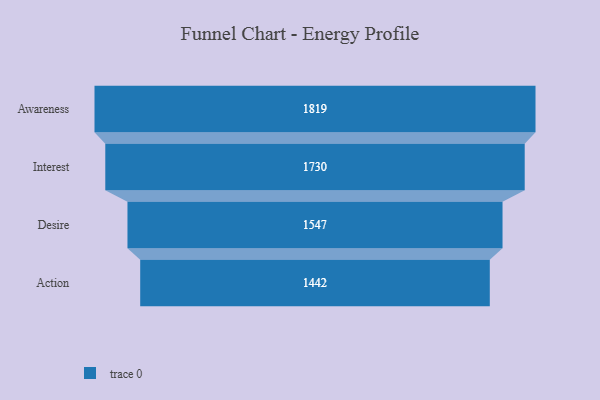
{"axis": {"x": "Stage", "y": "Value"}, "legend": [""], "data": [{"x": "Awareness", "y": 1819.0, "type": ""}, {"x": "Interest", "y": 1730.0, "type": ""}, {"x": "Desire", "y": 1547.0, "type": ""}, {"x": "Action", "y": 1442.0, "type": ""}]}